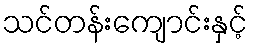
သင်တန်းကျောင်းနှင့်